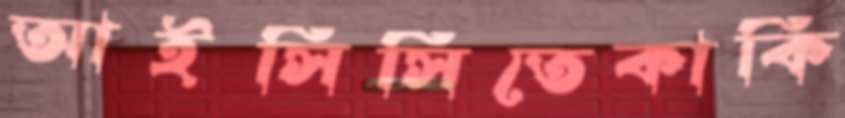
আইসিসিতেকাকি